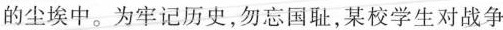
的尘埃中。为牢记历史，勿忘国耻，某校学生对战争